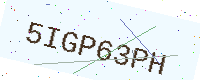
Text: 5IGP63PH